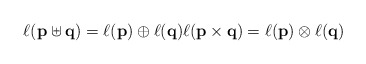
\begin{align*}\ell(\mathbf p \uplus \mathbf q)=\ell(\mathbf p)\oplus \ell(\mathbf q)\ell(\mathbf p\times \mathbf q)= \ell(\mathbf p)\otimes\ell(\mathbf q)\end{align*}